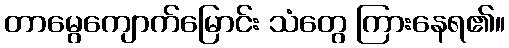
တာမွေကျောက်မြောင်း သံတွေ ကြားနေရ၏။